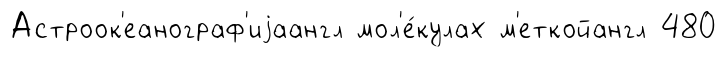
Астроок'еанограф'иjаангл мол'е́кулах м'еткойангл 480